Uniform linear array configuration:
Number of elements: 24
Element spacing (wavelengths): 0.25
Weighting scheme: cosine
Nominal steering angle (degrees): -60
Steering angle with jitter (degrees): -59.834
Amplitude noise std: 0.05
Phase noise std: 0.05

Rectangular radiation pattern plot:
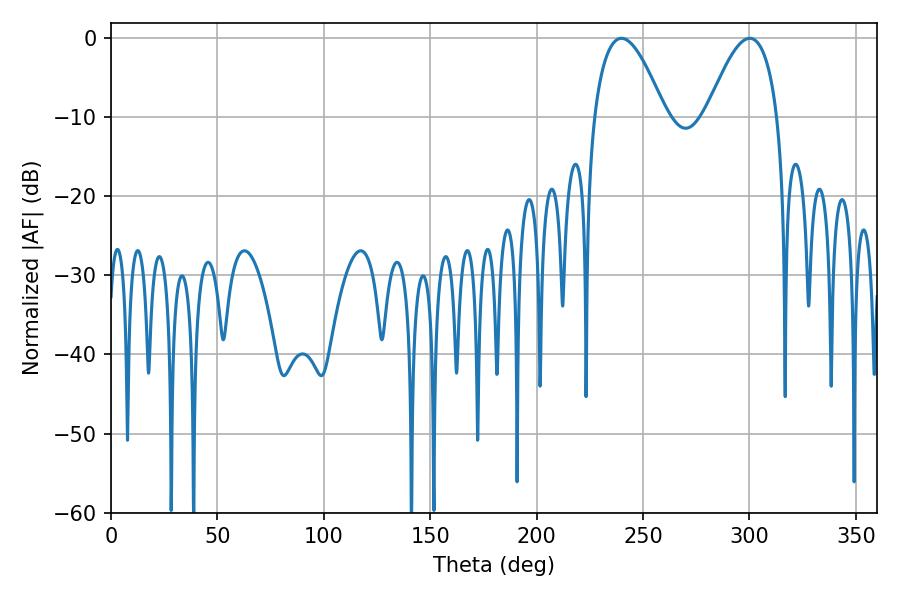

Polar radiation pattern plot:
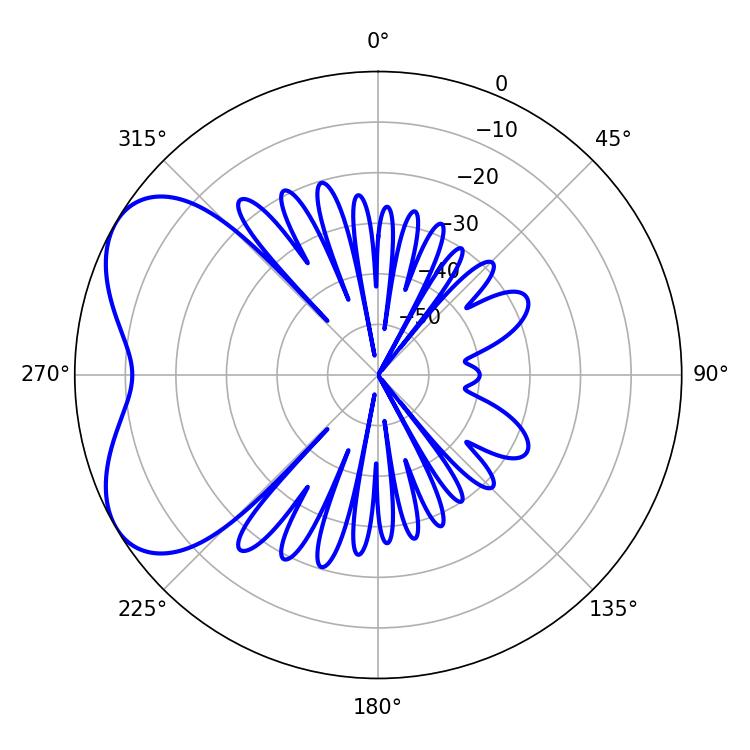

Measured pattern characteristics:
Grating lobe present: FALSE
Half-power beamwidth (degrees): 18.18
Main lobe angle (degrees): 239.94